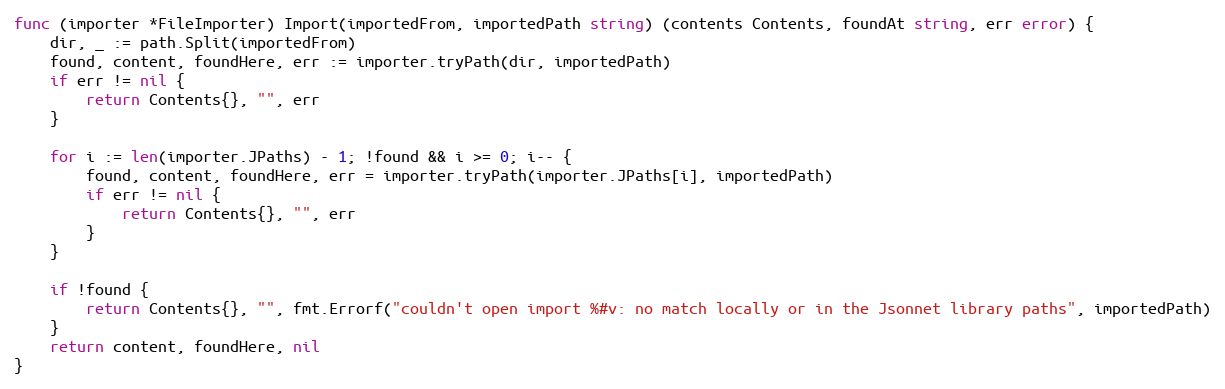
Language: Go
func (importer *FileImporter) Import(importedFrom, importedPath string) (contents Contents, foundAt string, err error) {
	dir, _ := path.Split(importedFrom)
	found, content, foundHere, err := importer.tryPath(dir, importedPath)
	if err != nil {
		return Contents{}, "", err
	}

	for i := len(importer.JPaths) - 1; !found && i >= 0; i-- {
		found, content, foundHere, err = importer.tryPath(importer.JPaths[i], importedPath)
		if err != nil {
			return Contents{}, "", err
		}
	}

	if !found {
		return Contents{}, "", fmt.Errorf("couldn't open import %#v: no match locally or in the Jsonnet library paths", importedPath)
	}
	return content, foundHere, nil
}